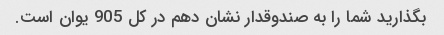
بگذارید شما را به صندوقدار نشان دهم در کل 905 یوان است.